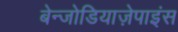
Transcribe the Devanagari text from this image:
बेन्जोडियाज़ेपाइंस